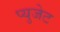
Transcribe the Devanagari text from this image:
प्युजेट